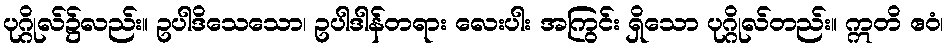
ပုဂ္ဂိုလ်၌လည်း။ ဥပါဒိသေသော၊ ဥပါဒါန်တရား လေးပါး အကြွင်း ရှိသော ပုဂ္ဂိုလ်တည်း။ ဣတိ ဧဝံ၊